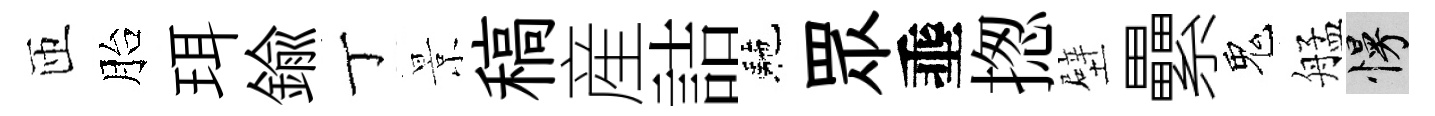
匝胎珥鍮丁景稿産詰駰眾埀揔壁纍鬼艋慢